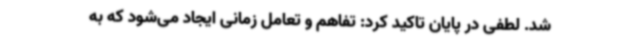
شد. لطفی در پایان تاکید کرد: تفاهم و تعامل زمانی ایجاد می‌شود که به